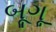
બૂગૂ